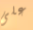
على